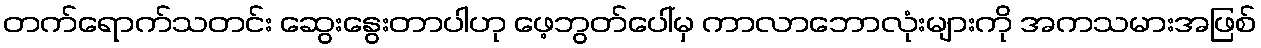
တက်ရောက်သတင်း ဆွေးနွေးတာပါဟု ဖေ့ဘွတ်ပေါ်မှ ကာလာဘောလုံးများကို အကသမားအဖြစ်